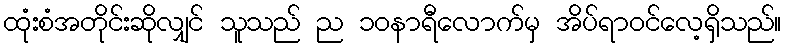
ထုံးစံအတိုင်းဆိုလျှင် သူသည် ည ၁၀နာရီလောက်မှ အိပ်ရာဝင်လေ့ရှိသည်။